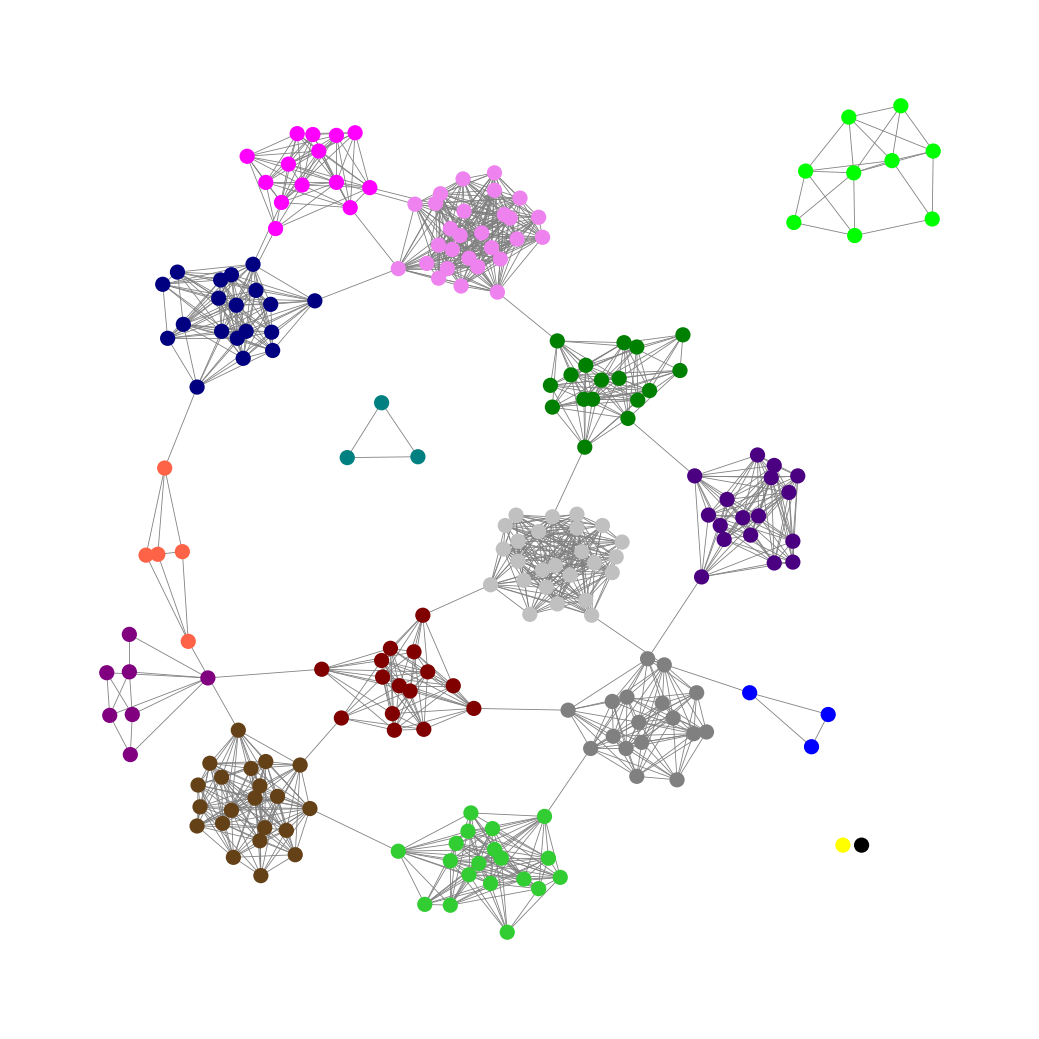
Graph connected: No
Number of connected components: 5
Number of singletons: 2
Total number of nodes: 221
Total number of edges: 1357
Number of communities: 17
Community sizes:
Black: 1
Blue: 3
Fuchsia: 14
Gray: 17
Green: 17
Indigo: 17
Lime: 9
Lime Green: 19
Maroon: 15
Navy: 19
Pullman Brown: 21
Purple: 7
Silver: 25
Teal: 3
Tomato: 5
Violet: 28
Yellow: 1
Graph layout: tda
Graph generation method: erdos_renyi